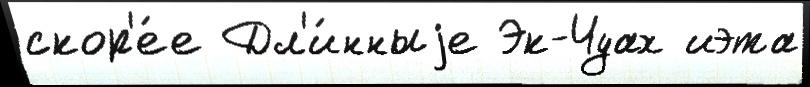
скор'е́е Дл'и́нныjе Эк-Чуах иэта